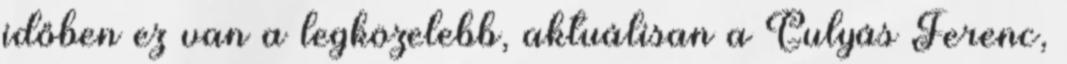
időben ez van a legközelebb, aktuálisan a Gulyás Ferenc,